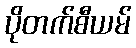
ပိုတက်စီယမ်